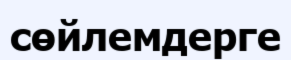
сөйлемдерге